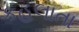
કહલાતા